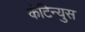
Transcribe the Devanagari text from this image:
कंटिन्युस